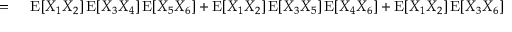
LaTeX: \begin{array} { r l } { = { } } & { { } \operatorname { E } [ X _ { 1 } X _ { 2 } ] \operatorname { E } [ X _ { 3 } X _ { 4 } ] \operatorname { E } [ X _ { 5 } X _ { 6 } ] + \operatorname { E } [ X _ { 1 } X _ { 2 } ] \operatorname { E } [ X _ { 3 } X _ { 5 } ] \operatorname { E } [ X _ { 4 } X _ { 6 } ] + \operatorname { E } [ X _ { 1 } X _ { 2 } ] \operatorname { E } [ X _ { 3 } X _ { 6 } ] \operatorname { E } [ X _ { 4 } X _ { 5 } ] } \end{array}